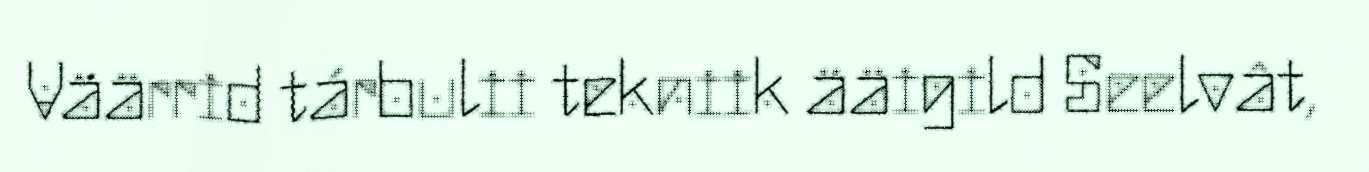
Väärrid tárbulii tekniik ääigild Seelvât,